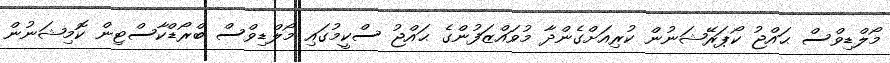
މޯލްޑިވްސް ޙައްޖު ކޯޕަރޭޝަނުން ކުރިއަށްގެންދާ މުވައްޒަފުންގެ ޙައްޖު ސްކީމުގައި މޯލްޑިވްސް ބްރޯޑްކާސްޓިން ކޮމިޝަނުން